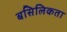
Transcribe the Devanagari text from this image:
बसिलिकता